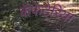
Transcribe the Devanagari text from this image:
कॅफेटेरिया